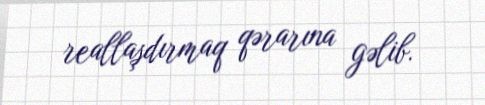
reallaşdırmaq qərarına gəlib.